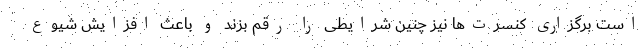
است برگزاری کنسرت‌ها نیز چنین شرایطی را رقم بزند و باعث افزایش شیوع